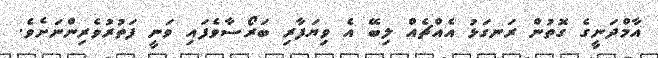
އާމްދަނީގެ ގޮތުން ރަނގަޅު އެއްޗެއް ލިބޭ އެ ވިޔަފާރި ބަރޯސާވެފައި ވަނީ ފަތުރުވެރިންނަށެވެ.